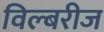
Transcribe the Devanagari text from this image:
विल्बरीज